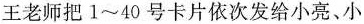
王老师把1~40号卡片依次发给小亮、小